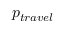
p _ { t r a v e l }